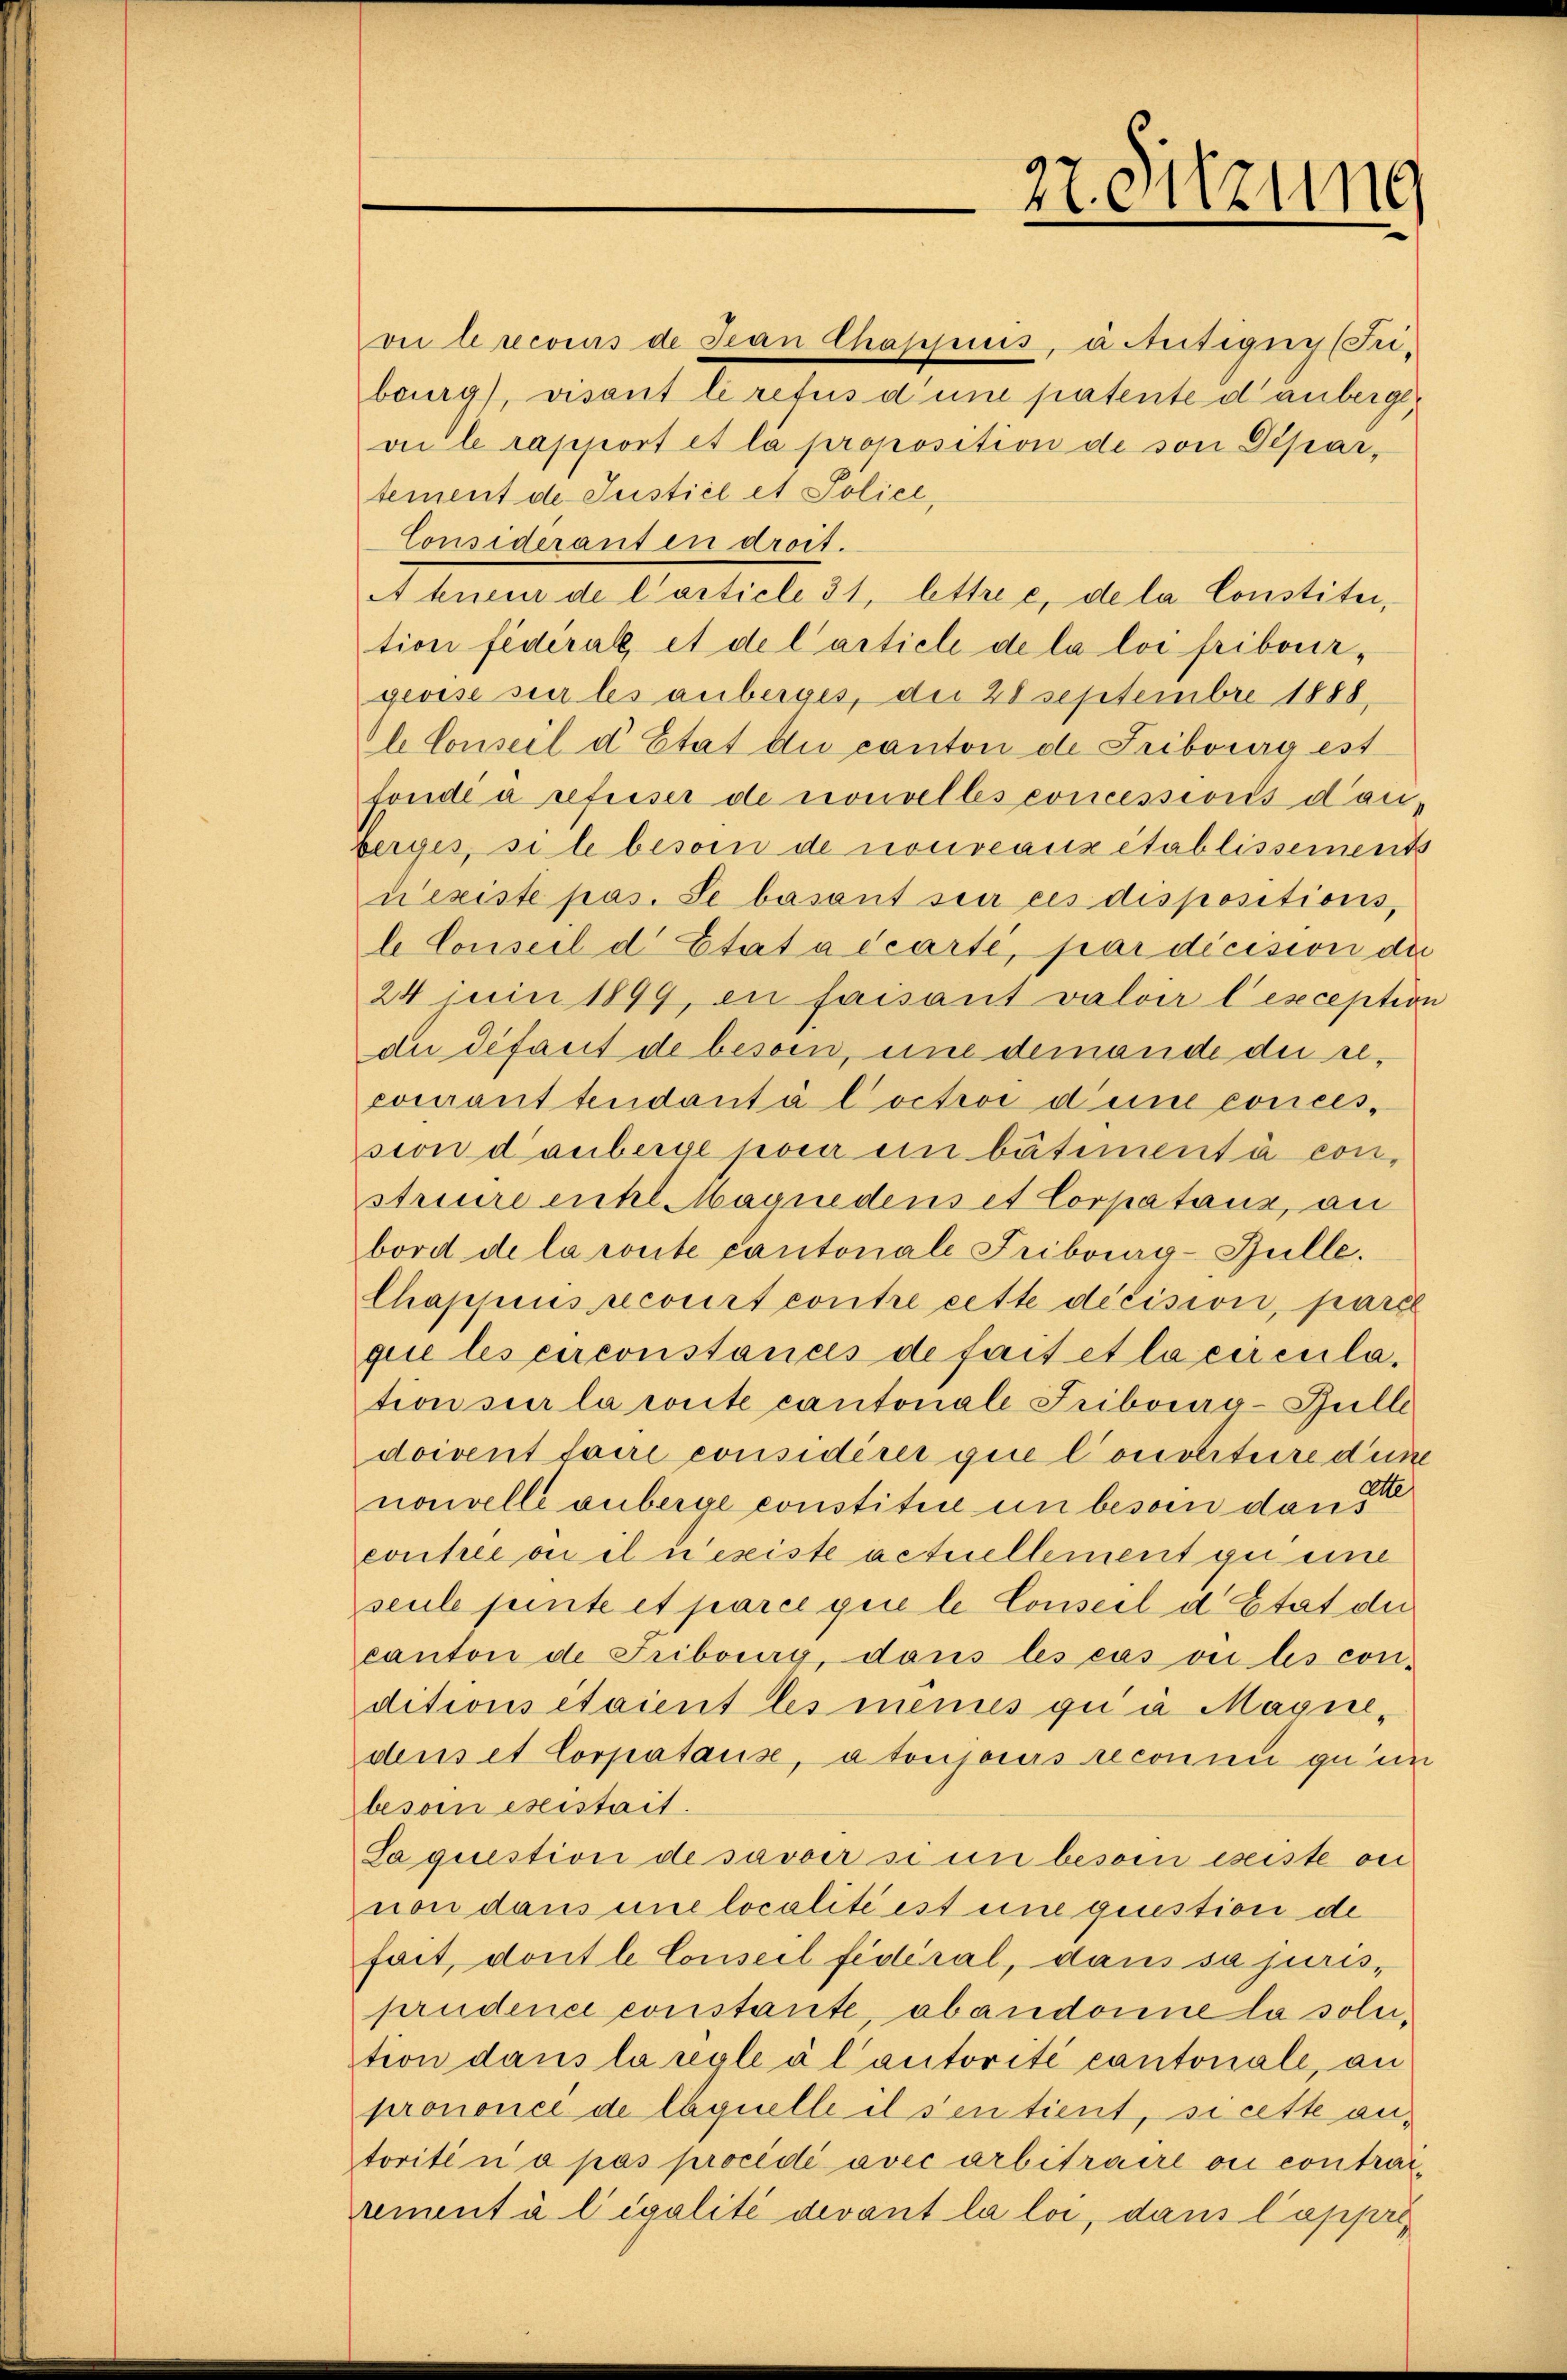
27. Sitzung

vii le recours de Jean Chappiis, à tetigny (Pribourg), visant le refus d’une patente danbergevie le rapport et la proposition de von Departement de Justiel et Poliel,
Consideranten droit.
A teneur de l’article 31, lettre c, de la Constitui,
tion fédéral, et de l’article de la loi fribourgeoise seer les anberges, die 28 Septembre 1888.
l Conseil d’Etat du canton de Fribourg ist
fonde a refuser de nouvelles concessions dan
berges, sile besoin de nouveaux etablissements
nexiste pas. Se basant sur ces dispositions,
le Conseil d Etat a écarte, par décision die
24 mini 1899, en faisant valoir l’exception
du défaut de besoin, und demande die recourant tendantá Coctroi d’une conces,
sion danberge pour ein bâtiment à constreure entl. Maanedens et Corpatauz, an
bord de la route cantonale Tribuiag-Bulle.
Chappius recourt contre cette décision, parie
que les circonstances de fait et la circulation sur la conte cantonale Triboura-Bulle
doivent faire considérer gine Constituire dure
nouvelle anberge constitice un besoin dann Ste
conte ou il n’existe actuellement zu eine
seule pinte et parce que le Conseil d’Etat der
canton de Fribourg, dans les cas ou les con-
ditions étaient les menues qui a Magnedens et Corpatause, a toujours reconnu quin
besoin existait.
Saquestion de savoir si in besoi eseiste ou
non dans une localité est eine giustion de
fait, dont le Conseil fédéral, dans sa juris,
prudence constante, abandonne la solution dans la regle à l’autorité cantonale, an
prononcé de laquelle il sen tient, si cette antorité n’a pas procédé avec arbitraire ou contrairement à l’égalité devant la loi, dann Capper¬